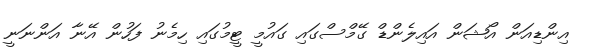
އިންޑިއަން އޯޝަން އައިލެންޑް ގޭމްސްގައި ގައުމީ ޓީމުގައި ހިމެނު ފަހުން އޭނާ އަންނަނީ